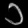
Digit: ၁